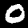
Digit: 0